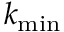
k _ { \mathrm { m i n } }